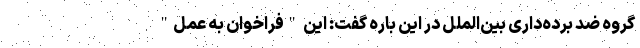
گروه ضد برده‌داری بین‌الملل در این باره گفت: این "فراخوان به عمل"